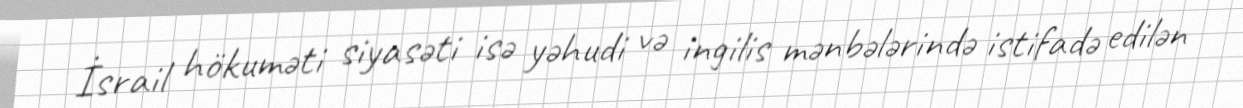
İsrail hökuməti siyasəti isə yəhudi və ingilis mənbələrində istifadə edilən